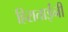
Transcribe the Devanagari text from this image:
हिराताईंनी